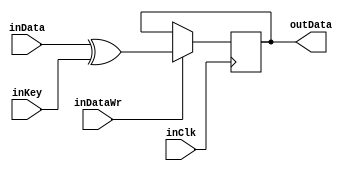
module PresentDataOutReg(
	input wire 			inClk,
	input wire 			inDataWr,
	input wire [63:0] inData,
	input wire [63:0] inKey,
	output wire [63:0] outData	
);

reg [63:0] regOut = 63'b0;

always @(posedge(inClk))
begin
	if (inDataWr == 1'b1) begin
		regOut <= inData ^ inKey;
	end
end

assign outData = regOut;

endmodule